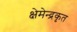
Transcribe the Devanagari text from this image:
क्षेमेन्द्रकृत